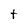
Character: t